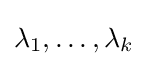
\lambda _{1},\ldots ,\lambda _{k}